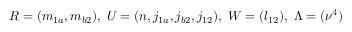
R = ( m _ { 1 a } , m _ { b 2 } ) , \; U = ( n , j _ { 1 a } , j _ { b 2 } , j _ { 1 2 } ) , \; W = ( l _ { 1 2 } ) , \; \Lambda = ( \nu ^ { 4 } )